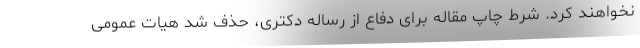
نخواهند کرد. شرط چاپ مقاله برای دفاع از رساله دکتری، حذف شد هیات عمومی